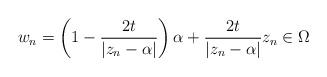
LaTeX: \begin{align*}w_n=\left ( 1-\frac{2t}{|z_n-\alpha|} \right )\alpha+\frac{2t}{|z_n-\alpha|} z_n \in \Omega\end{align*}